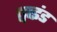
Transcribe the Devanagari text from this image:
ट्वाइंड